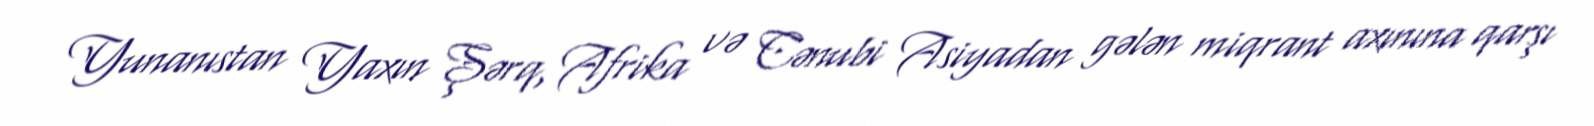
Yunanıstan Yaxın Şərq, Afrika və Cənubi Asiyadan gələn miqrant axınına qarşı